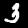
Label: 3